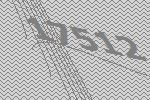
17512